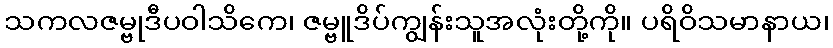
သကလဇမ္ဗုဒီပဝါသိကေ၊ ဇမ္ဗူဒိပ်ကျွန်းသူအလုံးတို့ကို။ ပရိဝိသမာနာယ၊